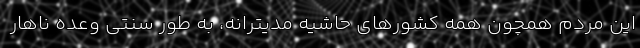
این مردم همچون همه کشورهای حاشیه مدیترانه، به ‌طور سنتی وعده‌ ناهار